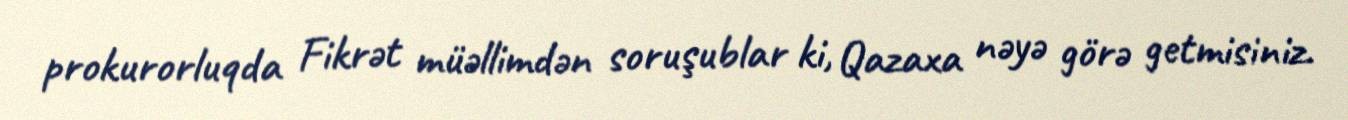
prokurorluqda Fikrət müəllimdən soruşublar ki, Qazaxa nəyə görə getmisiniz.